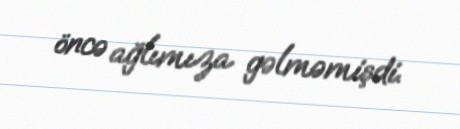
öncə ağlımıza gəlməmişdi.